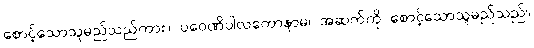
စောင့်သောသူမည်သည်ကား။ ပဝေဏိပါလကောနာမ၊ အဆက်ကို စောင့်သောသူမည်သည်။